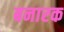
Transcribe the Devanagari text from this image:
बनारक